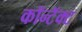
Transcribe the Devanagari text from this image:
कॉन्टॅक्ट